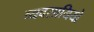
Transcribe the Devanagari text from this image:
व्यवसायियो